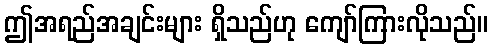
ဤအရည်အချင်းများ ရှိသည်ဟု ကျော်ကြားလိုသည်။